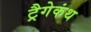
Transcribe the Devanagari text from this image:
ट्रैगेकंथ